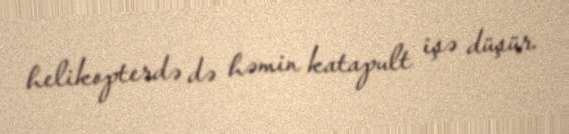
helikopterdə də həmin katapult işə düşür.